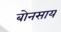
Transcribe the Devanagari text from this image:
बोनसाय